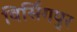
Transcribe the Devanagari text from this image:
विर्सिंगपुर